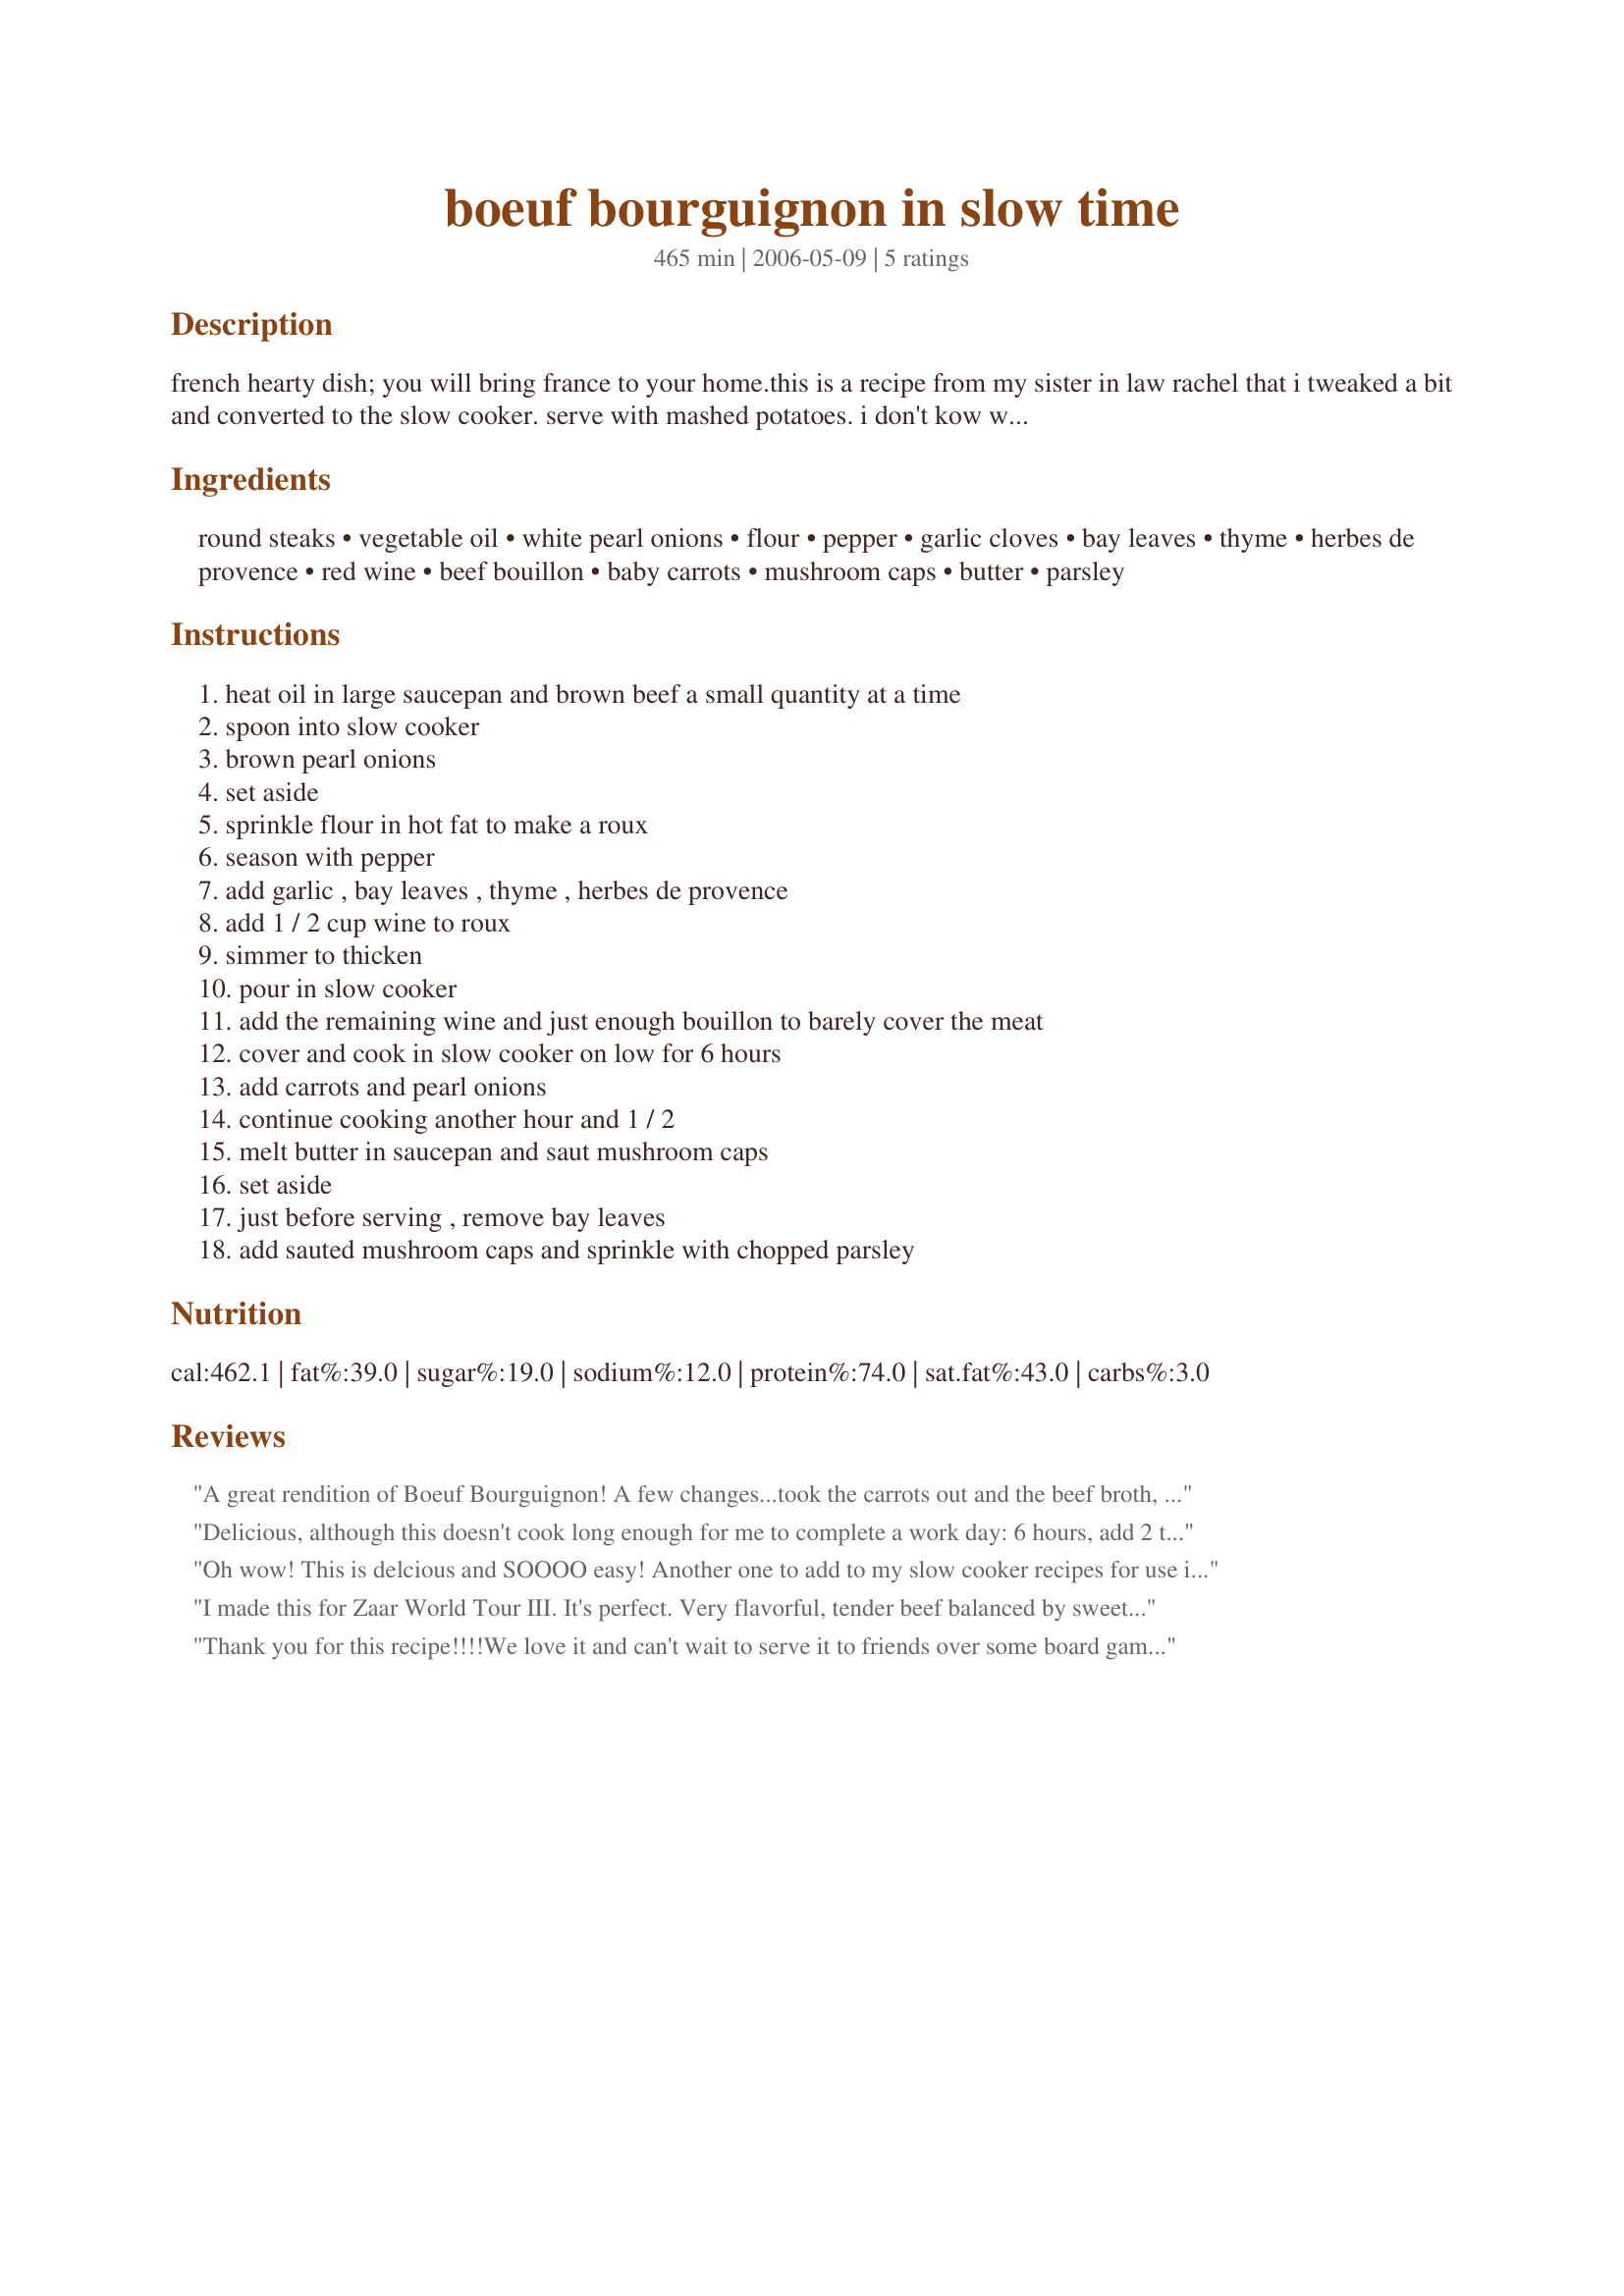
boeuf bourguignon in slow time
Preparation time: 465 minutes

french hearty dish; you will bring france to your home.this is a recipe from my sister in law rachel that i tweaked a bit and converted to the slow cooker. serve with mashed potatoes. i don't kow what julia would say about this version' but i know it is good.

Ingredients:
round steaks, vegetable oil, white pearl onions, flour, pepper, garlic cloves, bay leaves, thyme, herbes de provence, red wine, beef bouillon, baby carrots, mushroom caps, butter, parsley

Steps:
heat oil in large saucepan and brown beef a small quantity at a time, spoon into slow cooker, brown pearl onions, set aside, sprinkle flour in hot fat to make a roux, season with pepper, add garlic , bay leaves , thyme , herbes de provence, add 1 / 2 cup wine to roux, simmer to thicken, pour in slow cooker, add the remaining wine and just enough bouillon to barely cover the meat, cover and cook in slow cooker on low for 6 hours, add carrots and pearl onions, continue cooking another hour and 1 / 2, melt butter in saucepan and saut mushroom caps, set aside, just before serving , remove bay leaves, add sauted mushroom caps and sprinkle with chopped parsley

Reviews:
A great rendition of Boeuf Bourguignon! A few changes...took the carrots out and the beef broth, using just a whole bottle of wine for liquid. Use a dry'ish red wine if doing it this way, since the heavier wines can still have pretty strong smell and taste if you are only cooking for the 6 hours. I've cooked this 4-5 times, and I found that 10-12 hours was better than the shorter amount. The meat is more tender and there's no apparent decrease in the other great flavors. Usually pair this with brussels sprouts and garlic or parmesan mashed potatoes. I use stew meat that is already cut up in chunks at the supermarket - usually lovely quality meat and less expensive.
Delicious, although this doesn't cook long enough for me to complete a work day: 6 hours, add 2 things, cook 1 1/2 hours more. Julia Child's version in my Le Creuset pot is still my favorite recipe if I will have to hang around, but the slow cooker doesn't generate as much heat during the summertime. Sauteeing the mushrooms separately and adding them at serving time guarantees that the mushroom caps can maintain their shape. I used frozen white pearl onions, thawed and patted dry, and venison stew meat (similar in character to round steak), and both choices worked quite well. Thanks for posting your version, Sage! Made for 1-2-3 Hit Wonders Tag.
Oh wow! This is delcious and SOOOO easy! Another one to add to my slow cooker recipes for use in the RV. I would only make one change. More red wine and less beef bouillon. Will try that next time. Thanks for posting this!
I made this for Zaar World Tour III.

It's perfect. Very flavorful, tender beef balanced by sweet onions and crisp carrots. And so easy.

You did a great job converting this to the slow cooker, the timing is perfect. Thanks for a great recipe.
Thank you for this recipe!!!!We love it and can't wait to serve it to friends over some board games and cards! A side note...We used stew meat and mushroom broth, which worked out great. Plus, I think we doubled the broth and wine because we love the sauce!!! Thank you!
